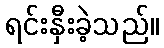
ရင်းနှီးခဲ့သည်။